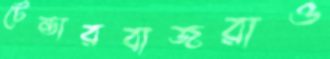
টেন্ডারবাজরাও